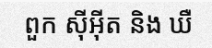
ពួក ស៊ីអ៊ីត និង ឃឺ